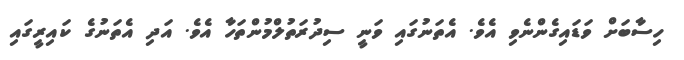
ހިސާބަށް ވަޑައިގެންނެވި އެވެ. އެތަނުގައި ވަނީ ސިދުރަތުލްމުންތަހާ އެވެ. އަދި އެތަނުގެ ކައިރީގައި